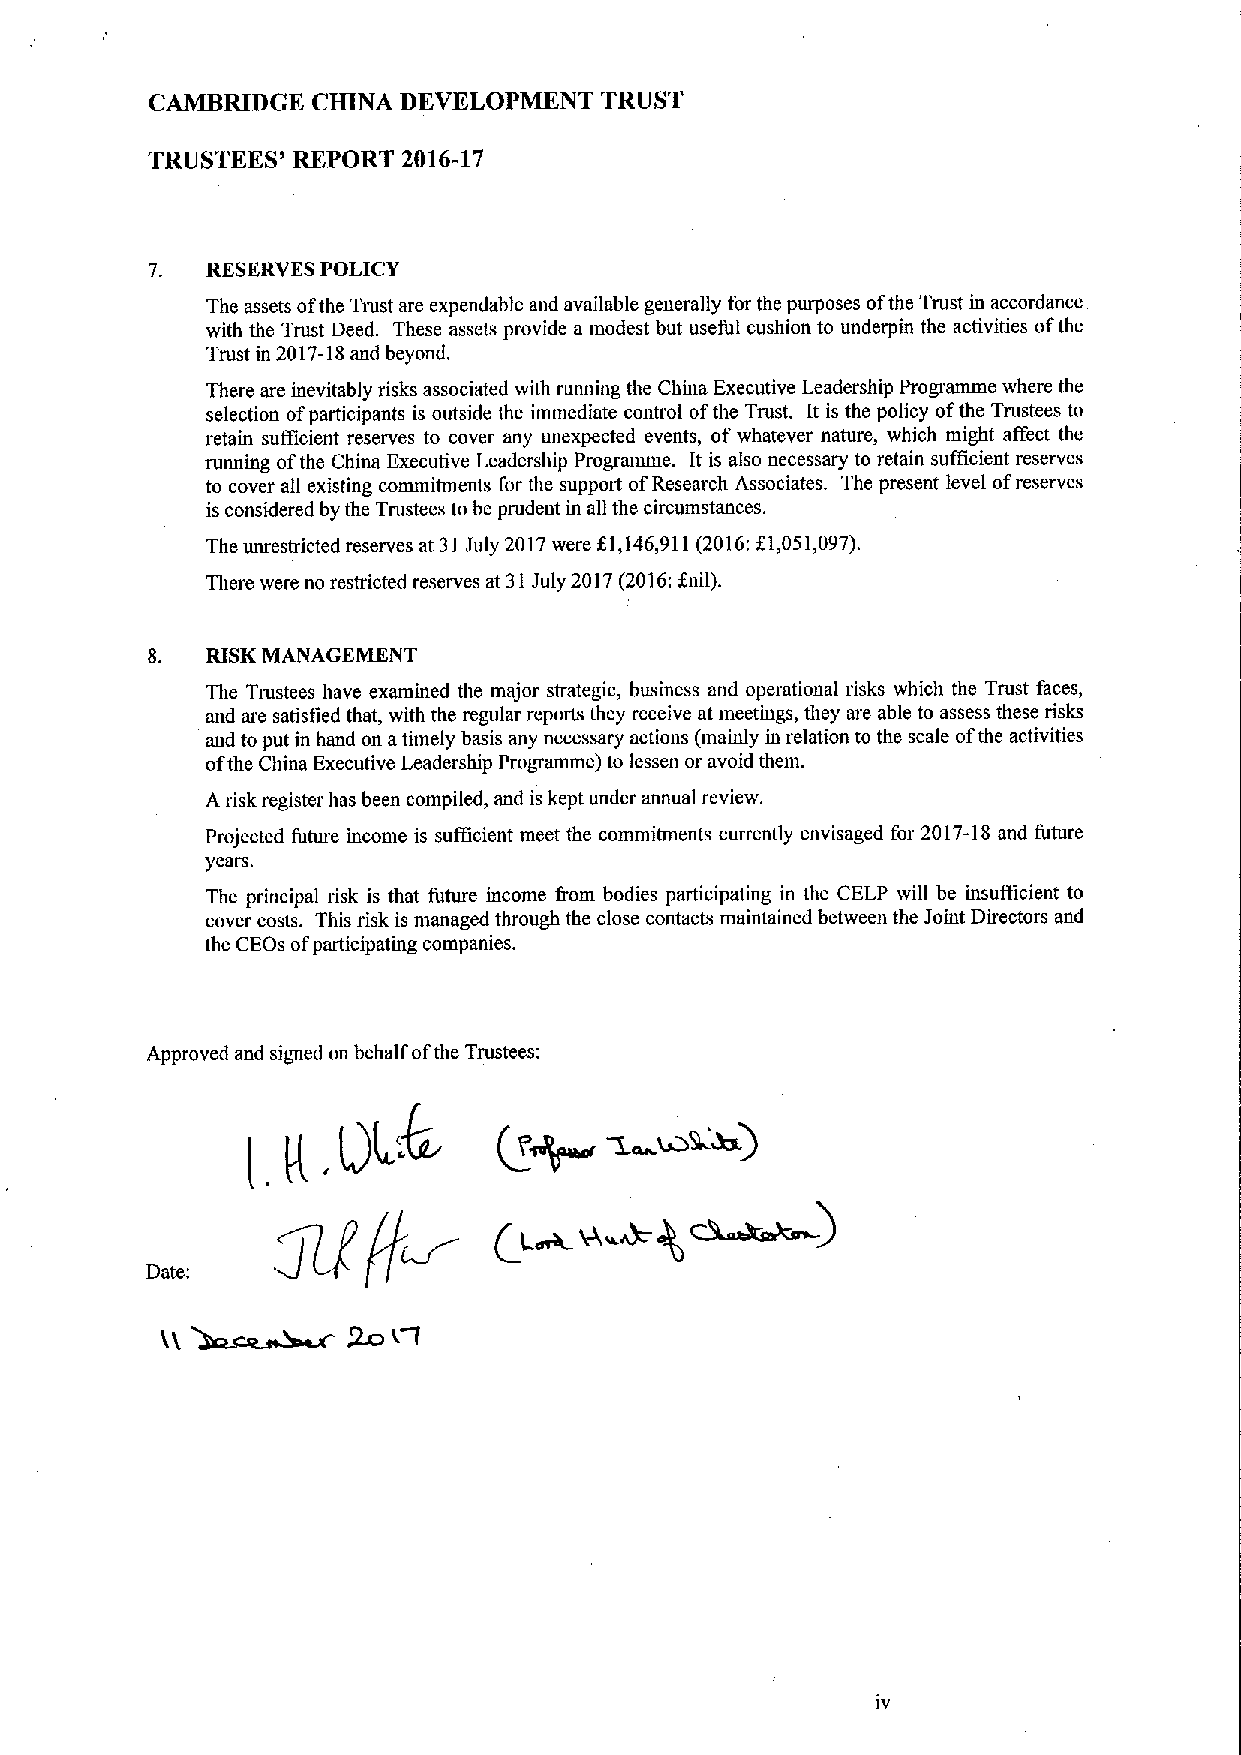
CAMBRIDGE  CHINA DEVELOPMENT  TRUST
 TRUSTEES' REPORT 2016-17
 RESERVESPOLICY
 The assets ofthe Tmst are expendable and available generally for the purposes ofthe Trust in accordance
 with the Trust Deed. These assets provide a modest but useful cushion to underpin the activities ofthe
 Trust in 2017-18and beyond.
 There are inevitably risks associated with running the China Executive Leadership Programme where the
 selection ofparticipants is outside the immediate control ofthe Trust. It is the policy ofthe Trustees to
 retain sufficient reserves to cover any unexpected events, ofwhatever nature, which might affect the
 running ofthe China Executive Leadership Programme. It is also necessary to retain sufficient reserves
 to cover all existing commitments for the support ofResearch Associates. The present level ofreserves
 is considered by the Trustees to be prudent in all the circumstances.
 The unrestricted reserves at 31 July 2017were 81,146,911(2016:81,051,097).
 There were no restricted reserves at 31July 2017(2016:gnii).
 RISKMANAGEMENT
 The Trustees have examined the major strategic, business and operational risks which the Trust faces,
 and are satisfied that, with the regular reports they receive at meetings, they are able to assess these risks
 and to put in hand on atimely basis any necessary actions (mainly in relation to the scale ofthe activities
 ofthe China Executive Leadership Programme) to lessen or avoid them.
 Arisk register has been compiled, and is kept under annual review.
 Projected future income is sufficient meet the commitments currently envisaged for 2017-18and future
 years.
 The principal risk is that future income &om bodies participating in the CELP will be insufiicient to
 cover costs. This risk is managed through the close contacts maintained between the Joint Directors and
 the CEOs ofparticipating companies.
 Approved and signed on behalf ofthe Trustees: